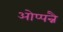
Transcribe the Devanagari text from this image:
ओप्पन्नै